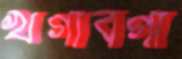
খগাবগা